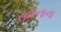
સાધનાના